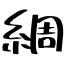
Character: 綢